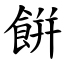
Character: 餠